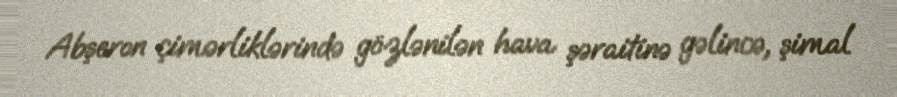
Abşeron çimərliklərində gözlənilən hava şəraitinə gəlincə, şimal